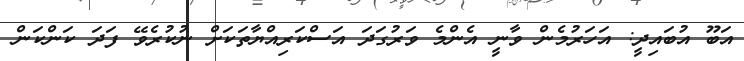
އަބޫ އުބައިދީ: އަހަރުމެން ވާނީ އެންމެ ވަރުގަދަ އަސްކަރިއްޔާތަކަށް ނުކުރެވޭ ފަދަ ކަންކަން